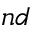
n d